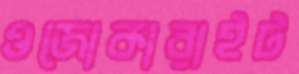
ওজোকারাইট